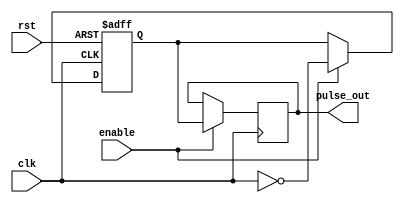
module FallingEdgePulseGenerator (
    input wire clk,  // Clock signal
    input wire rst,  // Reset signal
    input wire enable,   // Enable pulse generation
    output reg pulse_out  // Generated pulse signal
);

reg flip_flop;

always @(posedge clk or negedge rst) begin
    if (rst == 1'b0) begin
        flip_flop <= 1'b0;
    end else if (enable) begin
        flip_flop <= ~clk;
    end
end

always @(posedge clk) begin
    if (enable) begin
        pulse_out <= flip_flop;
    end
end

endmodule